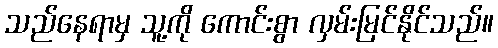
သည်နေရာမှ သူ့ကို ကောင်းစွာ လှမ်းမြင်နိုင်သည်။